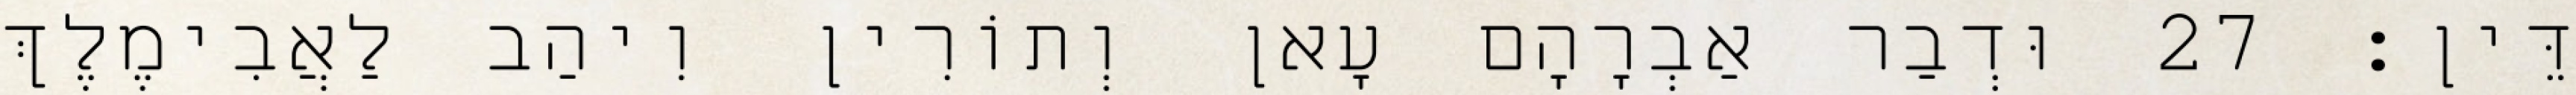
דֵּין׃ 27 וּדְבַר אַבְרָהָם עָאן וְתוֹרִין וִיהַב לַאֲבִימֶלֶךְ